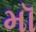
મૉ